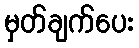
မှတ်ချက်ပေး